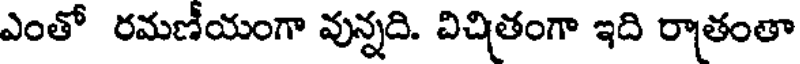
ఎంతో రమణీయంగా వున్నది. విచితంగా ఇది రాతంతా